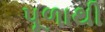
પૂળાથી